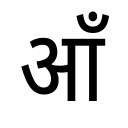
OCR:
आँ